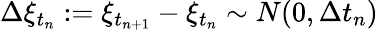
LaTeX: \Delta\xi_{t_{n}}:=\xi_{t_{n+1}}-\xi_{t_{n}}\sim N(0,\Delta t_{n})